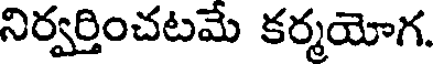
నిర్వర్తించటమే కర్మయోగ.